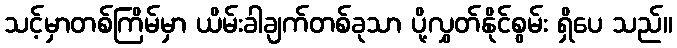
သင့်မှာတစ်ကြိမ်မှာ ယိမ်းခါချက်တစ်ခုသာ ပို့လွှတ်နိုင်စွမ်း ရှိပေ သည်။